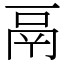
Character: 鬲